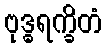
ဗုဒ္ဓရက္ခိတံ